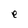
Character: e